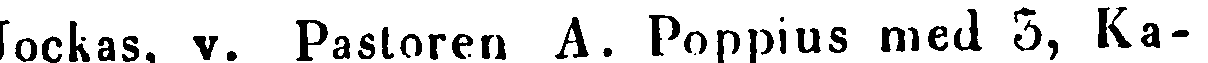
Jockas, v. Pastoren A. Poppius med 3, Ka-